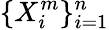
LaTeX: \{ X_{i}^{m}\} _{i=1}^{n}